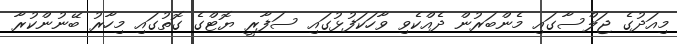
މިއަދުގެ ޖަލްސާގައި މެންބަރުން ދެއްކެވި ވާހަކަފުޅުގައި ސަފާރީ ޔޮޓްގެ ގޮތުގައި މިހާރު ބޭނުންކުރާ